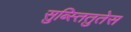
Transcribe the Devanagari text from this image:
सुब्स्तितुतेस